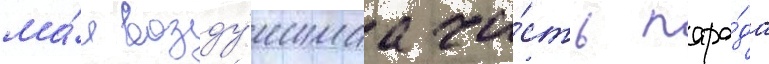
ма́я возду́шнаа ча́сть пара́да